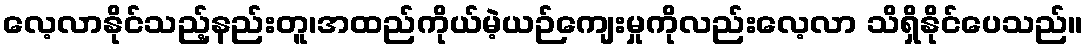
လေ့လာနိုင်သည့်နည်းတူ၊အထည်ကိုယ်မဲ့ယဉ်ကျေးမှုကိုလည်းလေ့လာ သိရှိနိုင်ပေသည်။